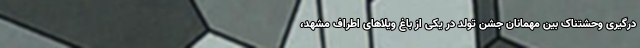
درگیری وحشتناک بین مهمانان جشن تولد در یکی از باغ ویلا‌های اطراف مشهد،